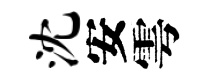
沈安雩